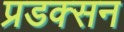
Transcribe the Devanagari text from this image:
प्रडक्सन